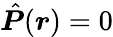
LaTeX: \hat{\boldsymbol P}(\boldsymbol r)=0